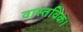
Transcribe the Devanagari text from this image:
वास्तविक।